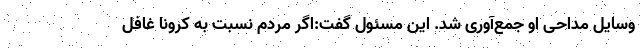
وسایل مداحی او جمع‌آوری شد. این مسئول گفت:اگر مردم نسبت به کرونا غافل